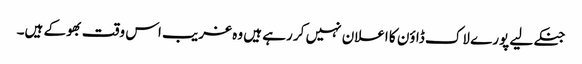
جنکے لیے پورے لاک ڈاؤن کا اعلان نہیں کر رہے ہیں وہ غریب اس وقت بھوکے ہیں۔